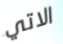
الاتي